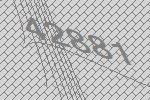
42881